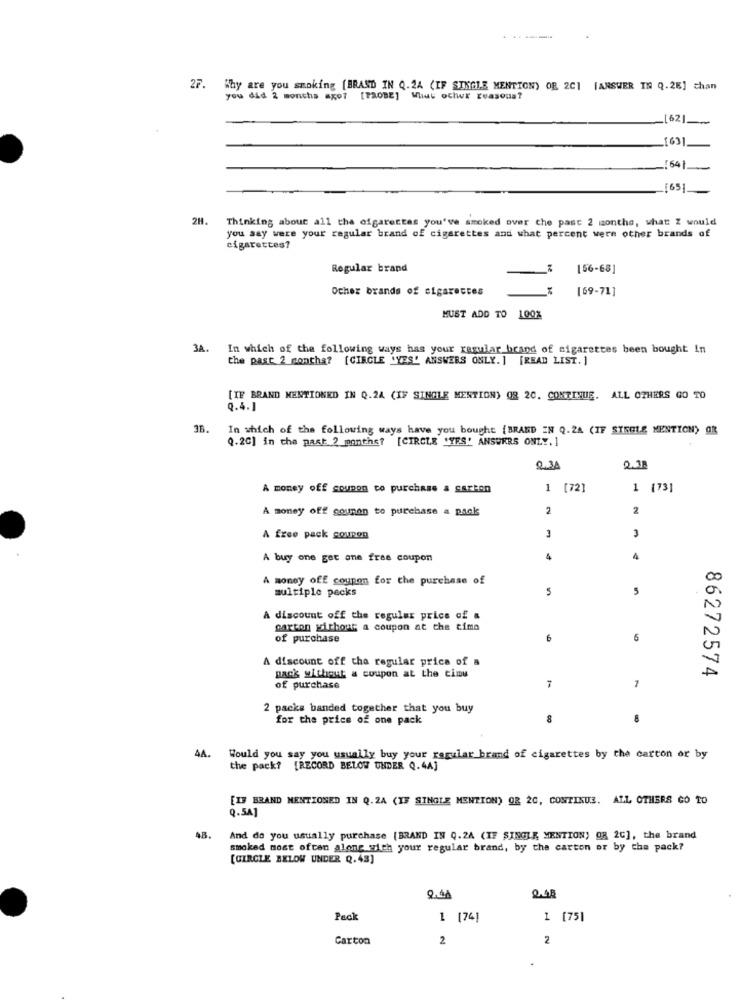
27.
Why are you smoking [BRAND IN Q.2A (IF SINGLE MENTION) OR 2C] [ANSWER IN Q.26] chan
you did 2 months ago? [PROBE] What ochur ruasoua?
162]
_[63]
[64]
[6]
2H. Thinking about all the cigarettes you've smoked over the past 2 months, what I would
you say were your regular brand of cigarettes and what percent were other brands of
cigarettes?
Regular brand
[56-68]
Other brands of cigarettes
[69-71]
MUST ADD TO 100%
3A. In which of the following ways has your regular brand of cigarettes been bought In
the past 2 months? [CIRCLE 'YES' ANSWERS ONLY.] [READ LIST. ]
[IF BRAND MENTIONED IN Q.2A (IF SINGLE MENTION) Q8 20. CONTINUE. ALL OTHERS GO TO
Q.4.1
In which of the following ways have you bought {BRAND IN Q.2A (IF STEELE MENTION) OR
Q.20] in the past 2 months? [CIRCLE "YES" ANSWERS ONLY. 1
0.31
2.38
A money off coupon co purchase & garten
1 [72]
1 [73]
A money off counen to purchase a pack
2
2
3
3
A free pack coupon
A buy one get one free coupon
4
4
A money off coupon for the purchase of
00
multiple pecks
5
0
A discount off the regular price of a
carton without a coupon at the time
of purchase
6
6
A discount off tha regular price of a
86272574
pack without a coupon at the time
7
of purchase
-
2 packs banded together that you buy
for the price of one pack
8
4A.
Would you say you usually buy your raguilar brand of cigarettes by the carton or by
the pack? [RECORD BELOW UNDER Q.4A]
[IB BRAND MENTIONED IN Q.2A (IF SINGLE MENTION) OR 20, CONTINUE. ALL OTHERS GO TO
Q.5A]
AB.
And do you usually purchase {BRAND IN Q.2A (IF SINGLE MENTION) Og 2C], the brand
smoked most often along with your regular brand, by the carton or by the pack?
[CIRCLE BELOW UNDER Q.43]
2.48
Pack
1 [74]
1 [75]
Carton
2
2